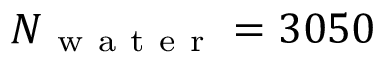
N _ { \mathrm { ~ w ~ a ~ t ~ e ~ r ~ } } = 3 0 5 0